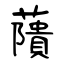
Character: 藬